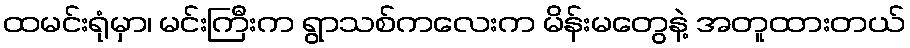
ထမင်းရုံမှာ၊ မင်းကြီးက ရွာသစ်ကလေးက မိန်းမတွေနဲ့ အတူထားတယ်